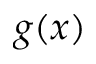
g ( x )